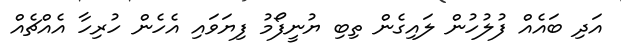
އަދި ބައެއް ފުލުހުން ލައިގެން ތިބި ޔުނީފޯމު ފިޔަވައި އެހެން ހުރިހާ އެއްޗެއް